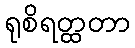
ရုစိရတ္ထတာ